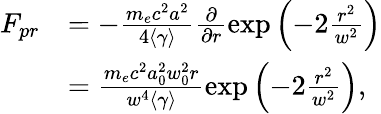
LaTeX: \begin{array}{rl}{F_{pr}}&{=-\frac{m_{e}c^{2}a^{2}}{4\left<\gamma\right>}\frac{\partial}{\partial r}\exp\left(-2\frac{r^{2}}{w^{2}}\right)}\\ &{=\frac{m_{e}c^{2}a_{0}^{2}w_{0}^{2}r}{w^{4}\left<\gamma\right>}\exp\left(-2\frac{r^{2}}{w^{2}}\right),}\end{array}